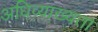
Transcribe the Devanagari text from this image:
अधिव्याख्यता